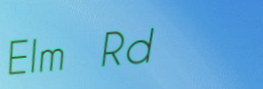
Elm Rd